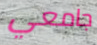
جامعي